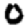
Digit: 0